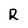
Character: R